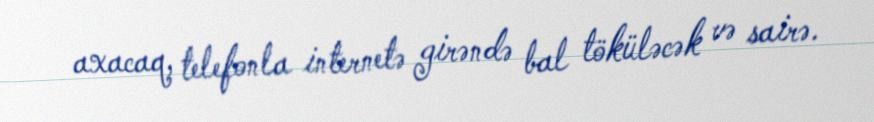
axacaq, telefonla internetə girəndə bal töküləcək və sairə.